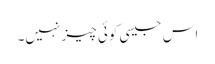
اس جیسی کوئی چیز نہیں۔